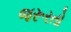
જરૂરતો